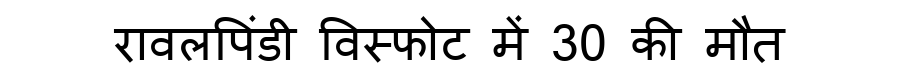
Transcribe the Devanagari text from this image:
रावलपिंडी विस्फोट में 30 की मौत